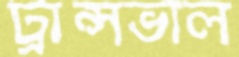
ট্রান্সভাল